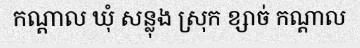
កណ្តាល ឃុំ សន្លុង ស្រុក ខ្សាច់ កណ្តាល